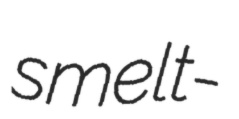
smelt-